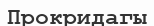
Прокридагы